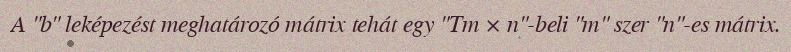
A "b" leképezést meghatározó mátrix tehát egy "Tm × n"-beli "m" szer "n"-es mátrix.